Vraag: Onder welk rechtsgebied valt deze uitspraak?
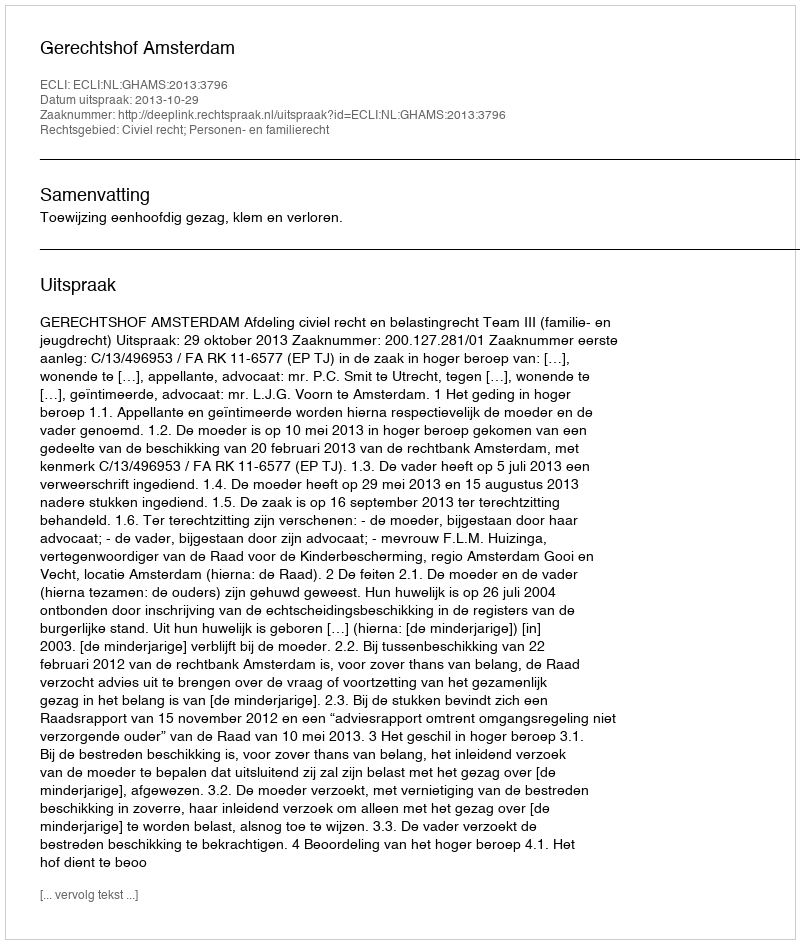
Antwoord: Civiel recht; Personen- en familierecht